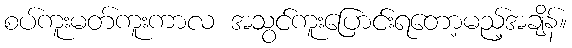
စပ်ကူးမတ်ကူးကာလ အသွင်ကူးပြောင်းရတော့မည့်အချိန်။